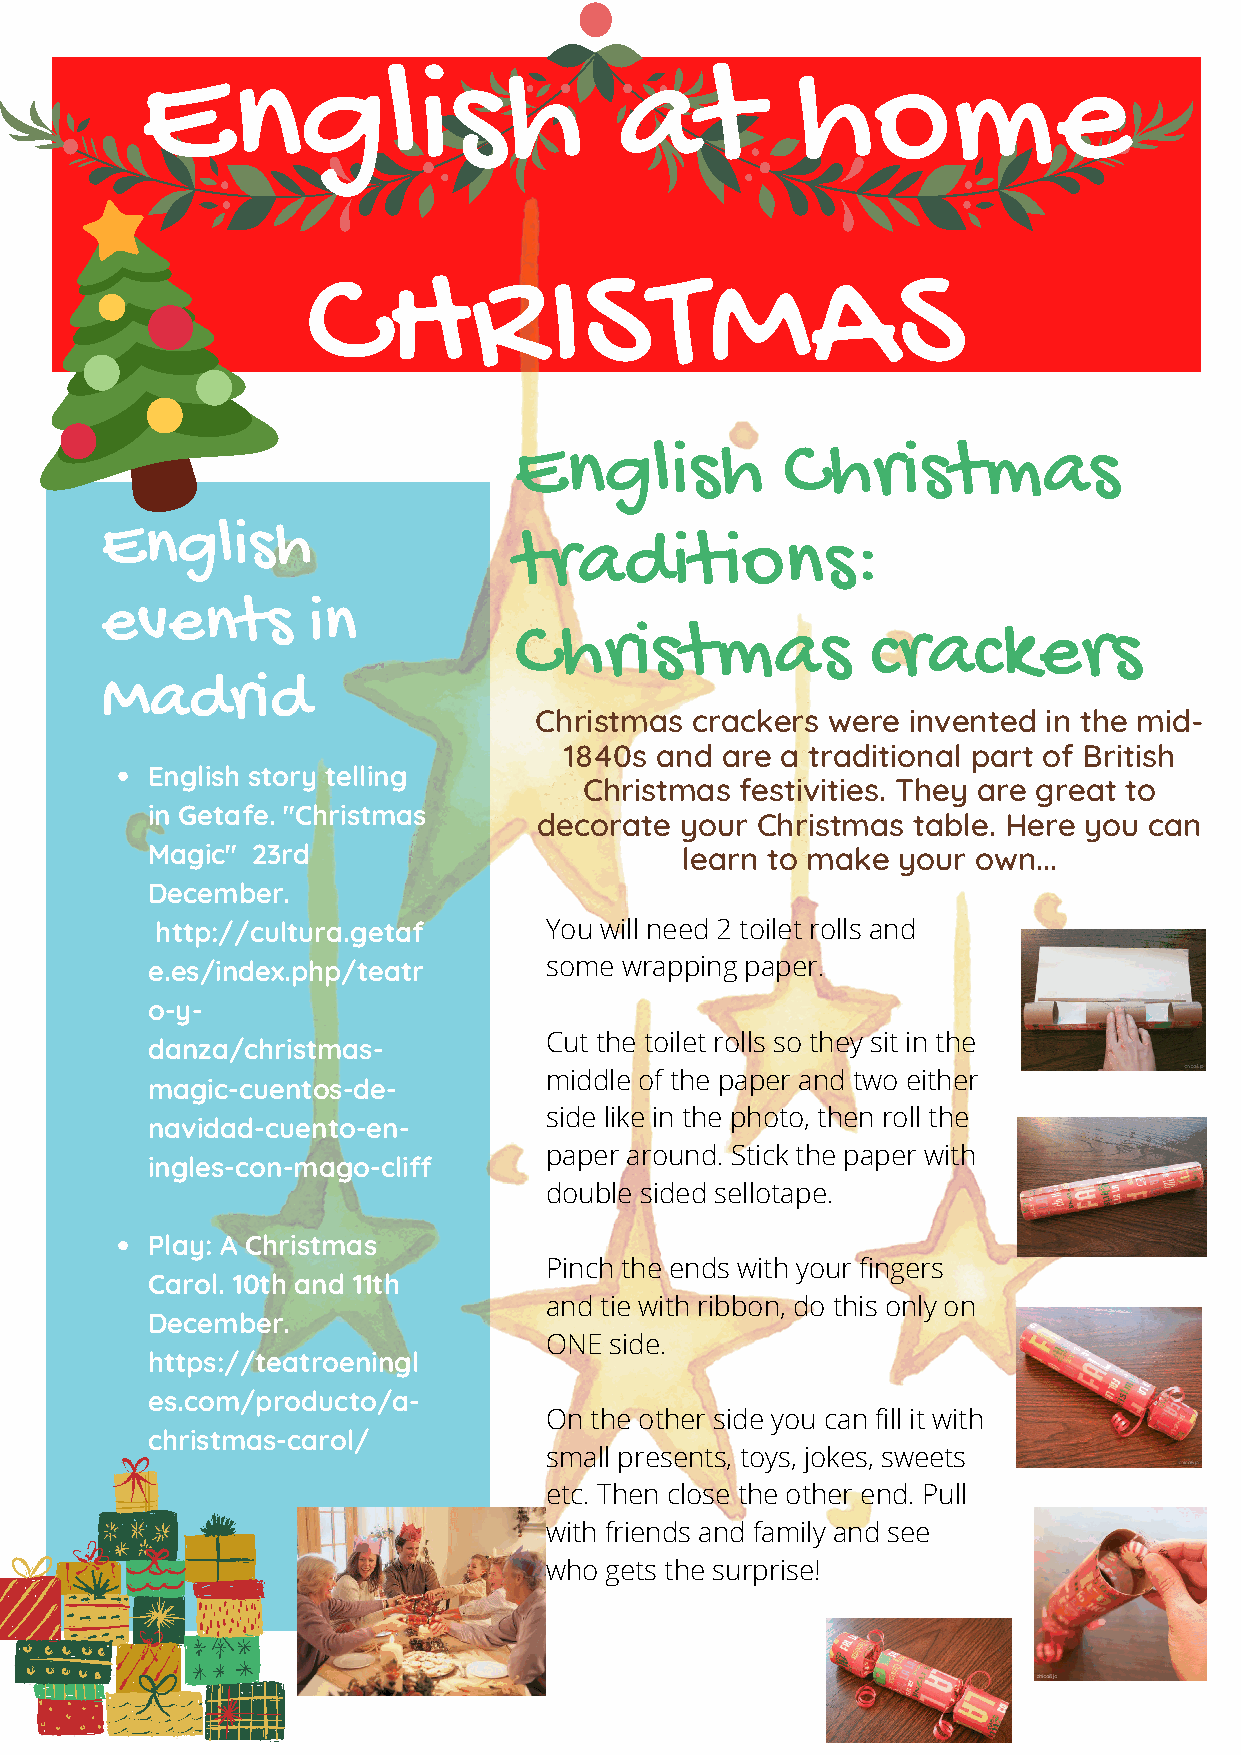
English                         at          home
 CHRISTMAS
 English           Christmas
 English
 traditions:
 events       in
 Christmas               crackers
 Madrid
 Christmas  crackers were invented in the mid-
 1840s and  are a traditional part of British
 English story telling
 Christmas festivities. They are great to
 in Getafe. "Christmas
 decorate your Christmas table. Here you can
 Magic" 23rd                        learn to make your  own...
 December.
 http://cultura.getaf      You will need 2 toilet rolls and
 e.es/index.php/teatr      some wrapping paper.
 o-y-
 Cut the toilet rolls so they sit in the
 danza/christmas-
 middle of the paper and two either
 magic-cuentos-de-
 side like in the photo, then roll the
 navidad-cuento-en-
 paper around. Stick the paper with
 ingles-con-mago-cliff
 double sided sellotape.
 Play: A Christmas
 Pinch the ends with your fingers
 Carol. 10th and 11th
 and tie with ribbon, do this only on
 December.
 ONE side.
 https://teatroeningl
 es.com/producto/a-
 On the other side you can fill it with
 christmas-carol/
 small presents, toys, jokes, sweets
 etc. Then close the other end. Pull
 with friends and family and see
 who gets the surprise!